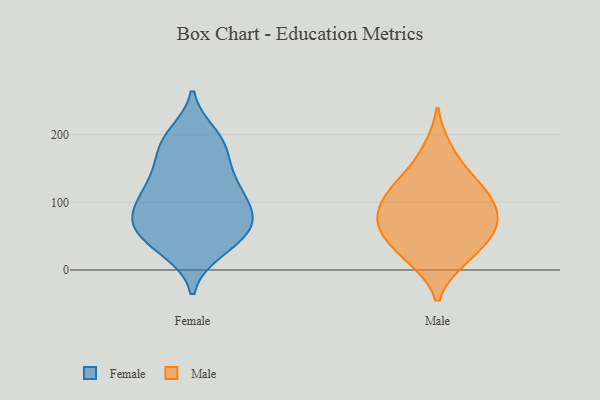
{"axis": {"x": "Latency (ms)", "y": "Value"}, "legend": ["Female", "Male"], "data": [{"x": "", "y": 33, "type": "Female"}, {"x": "", "y": 142, "type": "Female"}, {"x": "", "y": 85, "type": "Female"}, {"x": "", "y": 51, "type": "Female"}, {"x": "", "y": 115, "type": "Female"}, {"x": "", "y": 76, "type": "Female"}, {"x": "", "y": 84, "type": "Female"}, {"x": "", "y": 143, "type": "Female"}, {"x": "", "y": 123, "type": "Female"}, {"x": "", "y": 77, "type": "Female"}, {"x": "", "y": 49, "type": "Female"}, {"x": "", "y": 80, "type": "Female"}, {"x": "", "y": 55, "type": "Female"}, {"x": "", "y": 190, "type": "Female"}, {"x": "", "y": 186, "type": "Female"}, {"x": "", "y": 181, "type": "Female"}, {"x": "", "y": 29, "type": "Female"}, {"x": "", "y": 199, "type": "Female"}, {"x": "", "y": 116, "type": "Female"}, {"x": "", "y": 60, "type": "Male"}, {"x": "", "y": 17, "type": "Male"}, {"x": "", "y": 179, "type": "Male"}, {"x": "", "y": 114, "type": "Male"}, {"x": "", "y": 15, "type": "Male"}, {"x": "", "y": 124, "type": "Male"}, {"x": "", "y": 108, "type": "Male"}, {"x": "", "y": 88, "type": "Male"}, {"x": "", "y": 78, "type": "Male"}, {"x": "", "y": 43, "type": "Male"}, {"x": "", "y": 73, "type": "Male"}, {"x": "", "y": 141, "type": "Male"}, {"x": "", "y": 56, "type": "Male"}]}